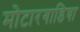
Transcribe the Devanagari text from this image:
मोटारगाडिया